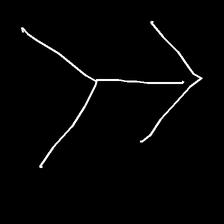
Glyph: gather